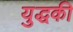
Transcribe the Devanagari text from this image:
युद्धकी